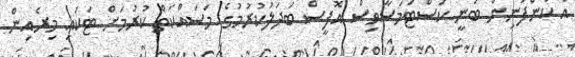
އެ ކުންފުނިން ބުނީ ކަސްޓަމަސާވިސް އޮފީސް ބަދަލުކުރުމުގެ މަސައްކަތް ކުރުމަށް ޓަކައި މިރެއިން